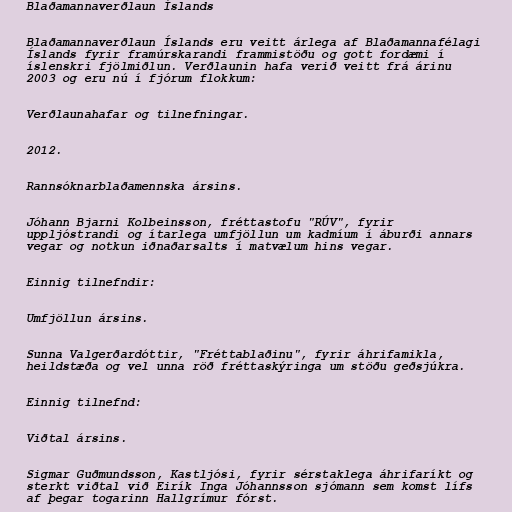
Blaðamannaverðlaun Íslands

Blaðamannaverðlaun Íslands eru veitt árlega af Blaðamannafélagi
Íslands fyrir framúrskarandi frammistöðu og gott fordæmi í
íslenskri fjölmiðlun. Verðlaunin hafa verið veitt frá árinu
2003 og eru nú í fjórum flokkum:

Verðlaunahafar og tilnefningar.

2012.

Rannsóknarblaðamennska ársins.

Jóhann Bjarni Kolbeinsson, fréttastofu "RÚV", fyrir
uppljóstrandi og ítarlega umfjöllun um kadmíum í áburði annars
vegar og notkun iðnaðarsalts í matvælum hins vegar.

Einnig tilnefndir:

Umfjöllun ársins.

Sunna Valgerðardóttir, "Fréttablaðinu", fyrir áhrifamikla,
heildstæða og vel unna röð fréttaskýringa um stöðu geðsjúkra.

Einnig tilnefnd:

Viðtal ársins.

Sigmar Guðmundsson, Kastljósi, fyrir sérstaklega áhrifaríkt og
sterkt viðtal við Eirík Inga Jóhannsson sjómann sem komst lífs
af þegar togarinn Hallgrímur fórst.